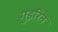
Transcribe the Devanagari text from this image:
गुइरिन